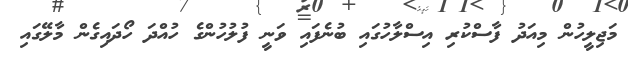
މަޖިލީހުން މިއަދު ފާސްކުރި އިސްލާހުގައި ބުނެފައި ވަނީ ފުލުހުންގެ ހުއްދަ ހޯދައިގެން މާލޭގައި